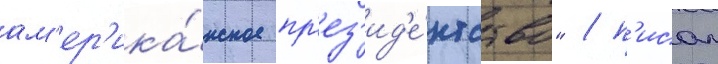
ам'ер'ика́нское пр'ез'ид'е́нтство" / п'исал